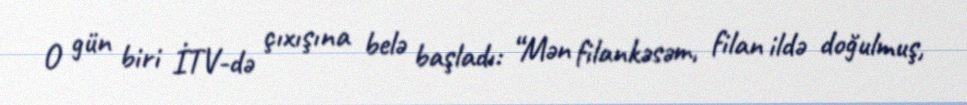
O gün biri İTV-də çıxışına belə başladı: “Mən filankəsəm, filan ildə doğulmuş,